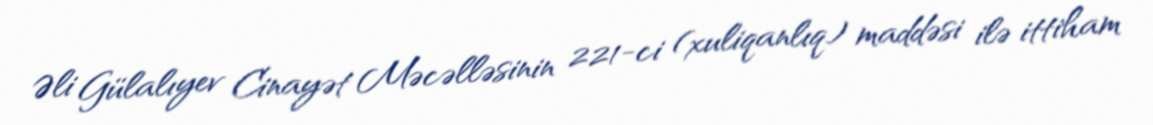
Əli Gülalıyev Cinayət Məcəlləsinin 221-ci (xuliqanlıq) maddəsi ilə ittiham